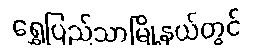
ရွှေပြည်သာမြို့နယ်တွင်